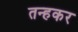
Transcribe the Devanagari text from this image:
तन्हकर